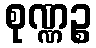
စုဏ္ဏဉ္စ